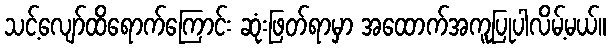
သင့်လျော်ထိရောက်ကြောင်း ဆုံးဖြတ်ရာမှာ အထောက်အကူပြုပါလိမ့်မယ်။